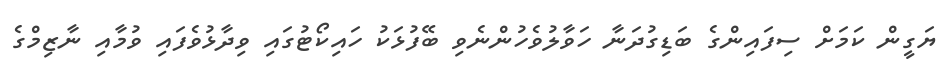
ޔަގީން ކަމަށް ސިފައިންގެ ބަޑިގުދަނާ ހަވާލުވެހުންނެވި ބޭފުޅަކު ހައިކޯޓުގައި ވިދާޅުވެފައި ވުމާއި ނާޒިމްގެ